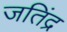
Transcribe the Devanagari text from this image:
जतिंद्र